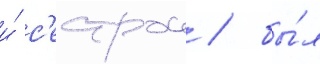
и́ с'естрои / бы́л